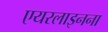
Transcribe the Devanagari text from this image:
एयरलाइनना